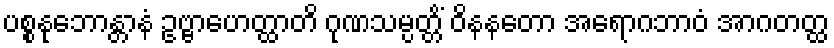
ပစ္စနုဘောန္တာနံ ဥဗ္ဗာဟေတ္ထာတိ ဂုဏသမ္ပတ္တိံ ဝိနနတော အရောဂဘာဝံ အာဂတတ္ထ